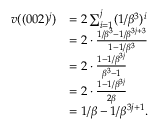
\begin{array} { r l } { v ( ( 0 0 2 ) ^ { j } ) } & { = 2 \sum _ { i = 1 } ^ { j } ( 1 / \beta ^ { 3 } ) ^ { i } } \\ & { = 2 \cdot \frac { 1 / \beta ^ { 3 } - 1 / \beta ^ { 3 j + 3 } } { 1 - 1 / \beta ^ { 3 } } } \\ & { = 2 \cdot \frac { 1 - 1 / \beta ^ { 3 j } } { \beta ^ { 3 } - 1 } } \\ & { = 2 \cdot \frac { 1 - 1 / \beta ^ { 3 j } } { 2 \beta } } \\ & { = 1 / \beta - 1 / \beta ^ { 3 j + 1 } . } \end{array}